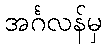
အင်္ဂလန်မှ